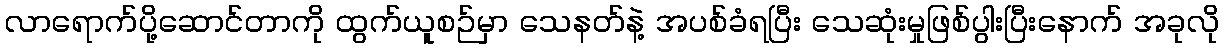
လာရောက်ပို့ဆောင်တာကို ထွက်ယူစဉ်မှာ သေနတ်နဲ့ အပစ်ခံရပြီး သေဆုံးမှုဖြစ်ပွါးပြီးနောက် အခုလို